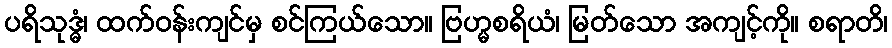
ပရိသုဒ္ဓံ၊ ထက်ဝန်းကျင်မှ စင်ကြယ်သော။ ဗြဟ္မစရိယံ၊ မြတ်သော အကျင့်ကို။ စရာတိ၊